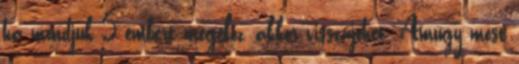
ha mondjuk 5 embert megelőz, akkor visszajöhet. Amúgy most